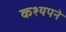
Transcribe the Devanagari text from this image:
कश्यपने